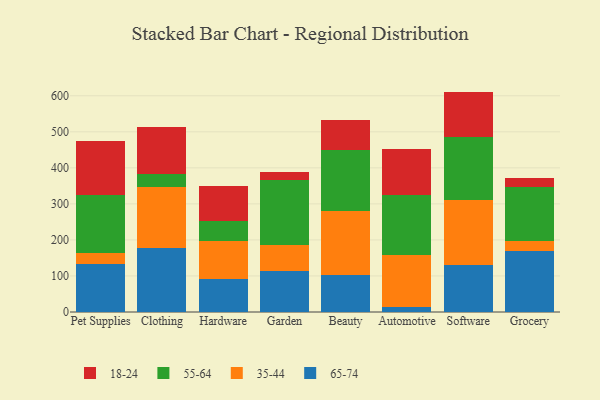
{"axis": {"x": "Category", "y": "Population (Million)"}, "legend": ["18-24", "35-44", "55-64", "65-74"], "data": [{"x": "Pet Supplies", "y": 133.3, "type": "65-74"}, {"x": "Pet Supplies", "y": 30.2, "type": "35-44"}, {"x": "Pet Supplies", "y": 161.0, "type": "55-64"}, {"x": "Pet Supplies", "y": 149.3, "type": "18-24"}, {"x": "Clothing", "y": 177.8, "type": "65-74"}, {"x": "Clothing", "y": 169.4, "type": "35-44"}, {"x": "Clothing", "y": 37.1, "type": "55-64"}, {"x": "Clothing", "y": 129.3, "type": "18-24"}, {"x": "Hardware", "y": 91.4, "type": "65-74"}, {"x": "Hardware", "y": 105.9, "type": "35-44"}, {"x": "Hardware", "y": 54.0, "type": "55-64"}, {"x": "Hardware", "y": 98.7, "type": "18-24"}, {"x": "Garden", "y": 114.6, "type": "65-74"}, {"x": "Garden", "y": 71.3, "type": "35-44"}, {"x": "Garden", "y": 179.2, "type": "55-64"}, {"x": "Garden", "y": 24.0, "type": "18-24"}, {"x": "Beauty", "y": 103.7, "type": "65-74"}, {"x": "Beauty", "y": 177.2, "type": "35-44"}, {"x": "Beauty", "y": 169.6, "type": "55-64"}, {"x": "Beauty", "y": 83.5, "type": "18-24"}, {"x": "Automotive", "y": 12.8, "type": "65-74"}, {"x": "Automotive", "y": 146.5, "type": "35-44"}, {"x": "Automotive", "y": 165.4, "type": "55-64"}, {"x": "Automotive", "y": 128.5, "type": "18-24"}, {"x": "Software", "y": 131.1, "type": "65-74"}, {"x": "Software", "y": 179.7, "type": "35-44"}, {"x": "Software", "y": 175.0, "type": "55-64"}, {"x": "Software", "y": 125.8, "type": "18-24"}, {"x": "Grocery", "y": 169.7, "type": "65-74"}, {"x": "Grocery", "y": 28.3, "type": "35-44"}, {"x": "Grocery", "y": 147.6, "type": "55-64"}, {"x": "Grocery", "y": 26.3, "type": "18-24"}]}